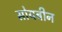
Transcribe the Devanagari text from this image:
सोयबीन